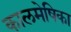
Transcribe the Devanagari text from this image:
कालमेषिका